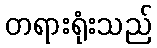
တရားရုံးသည်